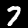
Digit: 7